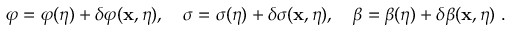
\varphi = \varphi ( \eta ) + \delta \varphi ( { \bf x } , \eta ) , ~ ~ ~ \sigma = \sigma ( \eta ) + \delta \sigma ( { \bf x } , \eta ) , ~ ~ ~ \beta = \beta ( \eta ) + \delta \beta ( { \bf x } , \eta ) \ .